Lunatic asylums Madras 1877-1891 - 1877-1891
Year: 1877
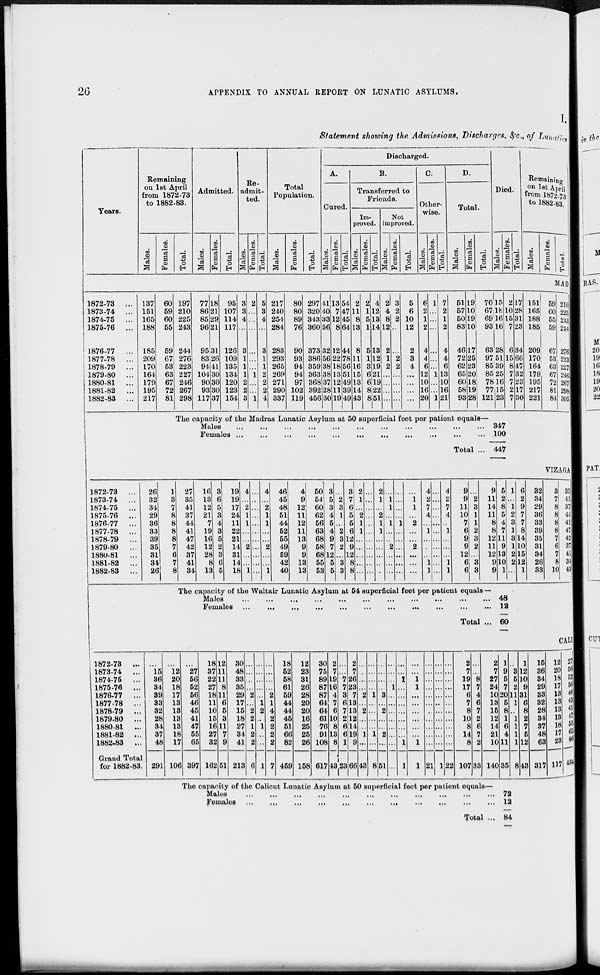
26
APPENDIX TO ANNUAL REPORT ON LUNATIC ASYLUMS.
I.
Statement showing the Admissions, Discharges, &c., of Lunatics
Years.
Remaining
on 1st April
from 1872-73
to 1882-83.
Males.
Females.
Total.
Admitted.
Males.
Females.
Total.
Re-
admit-
ted.
Males.
Females.
Total.
Total
Population.
Males.
Females.
Total.
Discharged.
A.
Cured.
Males.
Females.
Total.
B.
Transferred to
Friends.
Im-
proved.
Males.
Females.
Total.
Not
improved.
Males.
Females.
Total.
C.
Other-
wise.
Males.
Females.
Total.
D.
Total.
Males.
Females.
Total.
Died.
Males.
Females.
Total.
Remaining
on 1st April
from 1872-73
to 1882-83.
Males.
Females.
Total.
MAD
1872-73
...
1873-74 ...
1874-75
...
1875-76
...
1876-77
...
1877-78
...
1878-79
...
1879-80 ...
1880-81 ...
1881-82
...
1882-83 ...
137
151
165
188
185
209
170
164
179
195
217
60
59
60
55
59
67
53
63
67
72
81
197
210
225
243
244
276
223
227
246
267
298
77
86
85
96
95
83
94
104
90
93
117
18
21
29
21
31
26
41
30
30
30
37
95
107
114
117
126
109
135
134
120
123
154
3
3
4
...
3
1
1
1
2
2
3
2
...
...
...
...
...
...
1
...
...
1
5
3
4
...
3
1
1
2
2
2
4
217
240
254
284
283
293
265
269
271
290
337
80
80
89
76
90
93
94
94
97
102
119
297
320
343
360
373
386
359
363
368
392
456
41
40
33
56
32
56
38
38
37
28
30
13
7
12
8
12
22
18
13
12
11
19
54
47
45
64
44
78
56
51
49
39
49
2
11
8
13
8
11
16
15
13
14
43
2
1
5
1
5
1
3
6
6
8
8
4
12
13
14
13
12
19
21
19
22
51
2
4
8
12
2
1
2
...
...
...
...
3
2
2
...
...
2
2
...
...
...
...
5
6
10
12
2
3
4
...
...
...
...
6
2
1
2
4
4
6
12
10
16
20
1
...
...
...
...
...
...
1
...
...
1
7
2
1
2
4
4
6
13
10
16
21
51
57
50
83
46
72
62
65
60
58
93
19
10
19
10
17
25
23
20
18
19
28
70
67
69
93
63
97
85
85
78
77
121
15
18
16
16
28
51
39
25
16
15
23
2
10
15
7
6
15
8
7
7
2
7
17
28
31
23
34
66
47
32
23
17
30
151
165
188
185
209
170
164
179
195
217
221
59
60
55
59
67
53
63
67
72
81
84
210
225
243
244
276
223
227
246
267
298
305
The capacity of the Madras Lunatic Asylum at 50 superficial feet per patient equals—
Males
... ... ... ... ... ... ... ... ... ... ...
Females
...
...
...
...
...
...
...
...
...
...
...
Total ...
347
100
447
VIZAGA
1872-73 ...
1873-74
...
1874-75 ...
1875-76 ...
1876-77
...
1877-78 ...
1878-79
...
1879-80
...
1880-81 ...
1881-82
...
1882-83 ...
26
32
34
29
36
33
39
35
31
34
26
1
3
7
8
8
8
8
7
6
7
8
27
35
41
37
44
41
47
42
37
41
34
16
13
12
21
7
19
16
12
28
8
13
3
6
5
3
4
3
5
2
3
6
5
19
19
17
24
11
22
21
14
31
14
18
4
...
2
1
1
...
...
2
...
...
1
...
...
...
...
...
...
...
...
...
...
4
...
2
1
1
...
...
2
...
...
1
46
45
48
51
44
52
55
49
59
42
40
4
9
12
11
12
11
13
9
9
13
13
50
54
60
62
56
63
68
58
68
55
53
3
5
3
4
5
4
9
7
12
5
5
...
2
3
1
...
2
3
2
...
3
3
...
7
6
5
5
6
12
9
12
8
8
2
1
...
2
1
1
...
...
...
...
...
...
...
...
...
...
...
...
...
...
...
...
2
1
...
2
1
1
...
...
...
...
...
...
1
1
...
1
...
...
2
...
...
...
...
...
...
...
1
...
...
...
...
...
...
...
1
1
...
2
...
...
2
...
...
...
4
2
7
4
...
1
...
...
...
1
1
...
...
...
...
...
...
...
...
...
...
...
4
2
7
4
...
1
...
...
...
1
1
9
9
11
10
7
6
9
9
12
6
6
...
2
3
1
1
2
3
2
...
3
3
9
11
14
11
8
8
12
11
12
9
9
5
2
8
5
4
7
11
9
13
10
1
1
...
1
2
3
1
3
1
2
2
...
6
2
9
7
7
8
14
10
15
12
1
32
34
29
36
33
39
35
31
34
26
33
3
7
8
8
8
8
7
6
7
8
10
35
41
37
44
41
47
42
37
41
34
43
The capacity of the Waltair Lunatic Asylum at 54 superficial feet per patient equals —
Males ... ... ... ... ... ... ... ... ... ... ...
Females ... ... ... ... ... ... ... ... ... ... ...
Total ...
48
12
60
CALI
1872-73
...
1873-74
...
1874-75
...
1875-76
...
1876-77
...
1877-78 ...
1878-79 ...
1879-80
...
1880-81 ...
1881-82 ...
1882-83 ...
Grand Total
for 1882-83.
...
15
36
34
39
33
32
28
34
37
48
291
...
12
20
18
17
13
13
13
13
18
17
106
...
27
56
52
56
46
45
41
47
55
65
397
18
37
22
27
18
11
10
15
16
27
32
162
12
11
11
8
11
6
5
3
11
7
9
51
30
48
33
35
29
17
15
18
27
34
41
213
...
...
...
...
2
...
2
2
1
2
2
6
...
...
...
...
...
1
2
...
1
...
...
1
...
...
...
...
2
1
4
2
2
2
2
7
18
52
58
61
59
44
44
45
51
66
82
459
12
23
31
26
28
20
20
16
25
25
26
158
30
75
89
87
87
64
64
61
76
91
108
617
2
7
19
16
4
7
6
10
8
13
8
43
...
...
7
7
3
6
7
2
6
6
1
23
2
7
26
23
7
13
13
12
14
19
9
66
...
...
...
...
2
...
2
...
...
1
...
43
...
...
...
...
1
...
...
...
...
1
...
8
...
...
...
...
3
...
2
...
...
2
...
51
...
...
...
1
...
...
...
...
...
...
...
...
...
...
1
...
...
...
...
...
...
...
1
1
...
...
1
1
...
...
...
...
...
...
1
1
...
...
...
...
...
...
...
...
...
...
...
21
...
...
...
...
...
...
...
...
...
...
...
1
...
...
...
...
...
...
...
...
...
...
...
22
2
7
19
17
6
7
8
10
8
14
8
107
...
...
8
7
4
6
7
2
6
7
2
33
2
7
27
24
10
13
15
12
14
21
10
140
1
9
5
7
20
5
8
1
6
4
11
35
...
3
5
2
11
1
...
1
1
1
1
8
1
12
10
9
31
6
8
2
7
5
12
43
15
36
34
29
33
32
28
34
37
48
63
317
12
20
18
17
13
13
13
13
18
17
23
117
27
56
52
56
46
45
41
47
55
65
86
434
The capacity of the Calicut Lunatic Asylum at 50 superficial feet per patient equals—
Males ... ... ... ... ... ... ... ... ... ... ...
Females ... ... ... ... ... ... ... ... ... ... ...
Total ...
72
12
84